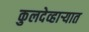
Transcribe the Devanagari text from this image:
कुलदेव्हार्‍यात